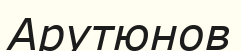
Арутюнов